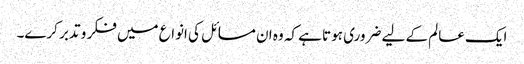
ایک عالم کے لیے ضروری ہوتا ہے کہ وہ ان مسائل کی انواع میں فکر و تدبر کرے۔